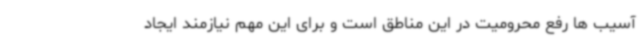
آسیب ها رفع محرومیت در این مناطق است و برای این مهم نیازمند ایجاد